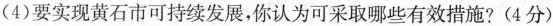
(4)要实现黄石市可持续发展，你认为可采取哪些有效措施?(4分)